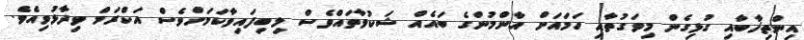
އިންތިޚާބާއި ގުޅިގެން މިވަގުތާއި ހަމައަށް އާންމުންގެ ބައެއް ޝަކުވާތައްވެސް ލިބިފައިވާކަމަށްވެސް އަކްރަމް ވިދާޅުވިއެވެ.